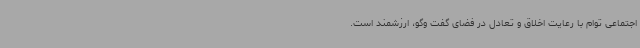
اجتماعی توام با رعایت اخلاق و تعادل در فضای گفت وگو، ارزشمند است.